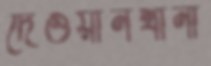
দেওয়ানখানা